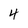
Character: 4